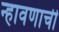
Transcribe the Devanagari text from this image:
न्हावणाची